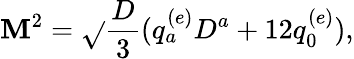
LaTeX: \mathbf{M}^{2}=\sqrt{}{{{\frac{{D}}{{3}}}(q_{a}^{(e)}D^{a}+12q_{0}^{(e)})}},